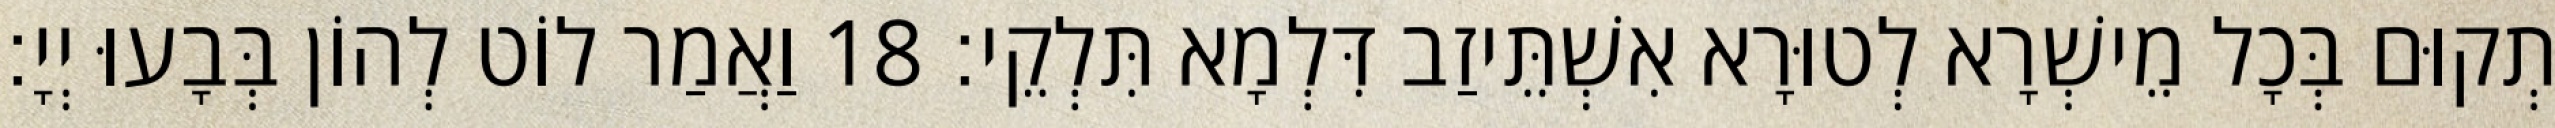
תְקוּם בְּכָל מֵישְׁרָא לְטוּרָא אִשְׁתֵּיזַב דִּלְמָא תִּלְקֵי׃ 18 וַאֲמַר לוֹט לְהוֹן בְּבָעוּ יְיָ׃